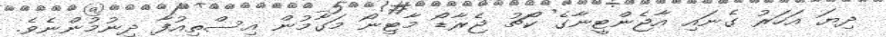
ދިޔަ އަހަރު ގެނައި އާޖެންޓީނާގެ ކޯޗު ޖެރާޑޯ މާޓިނޯ މަގާމުން އިސްތިއުފާ ދިނުމުންނެވެ.